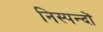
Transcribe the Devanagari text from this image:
निस्पन्दों